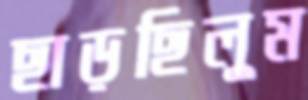
ছাড়ছিলুম